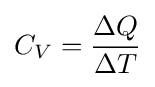
C_{V}={\frac {\Delta Q}{\Delta T}}